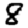
Digit: 8